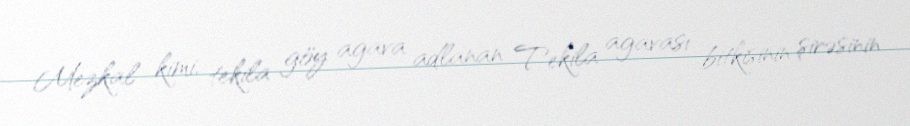
Mezkal kimi, tekila göy agava adlanan Tekila agavası bitkisinin şirəsinin